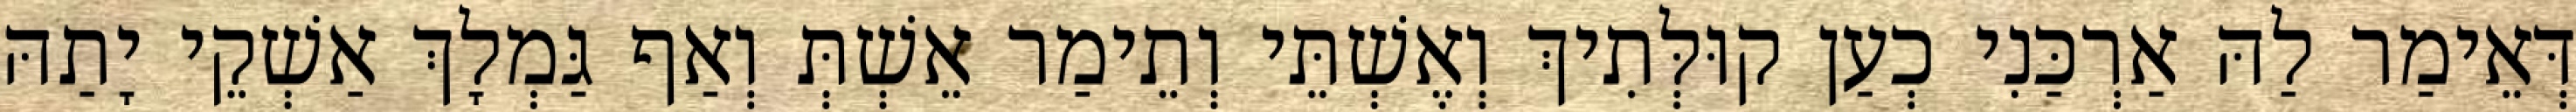
דְּאֵימַר לַהּ אַרְכַּנִי כְעַן קוּלְּתִיךְ וְאֶשְׁתֵּי וְתֵימַר אֵשְׁתְּ וְאַף גַּמְלָךְ אַשְׁקֵי יָתַהּ